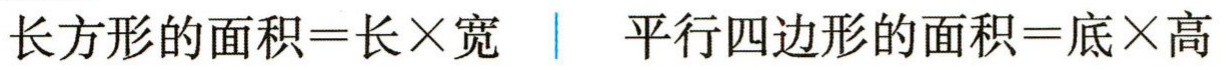
长方形的面积=长×宽 \| 平行四边形的面积=底×高